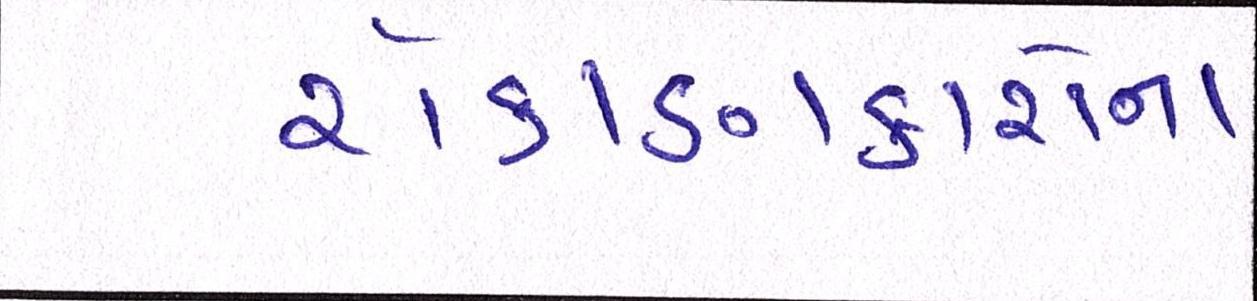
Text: રોકાણકારોના